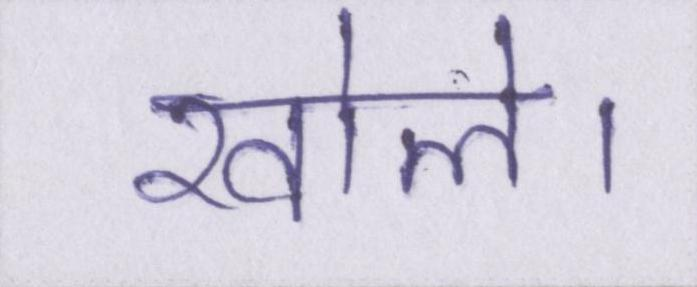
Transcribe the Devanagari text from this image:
खोले।